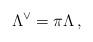
LaTeX: \begin{align*} \Lambda^{\vee} = \pi \Lambda \, ,\end{align*}